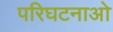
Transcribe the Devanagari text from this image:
परिघटनाओ